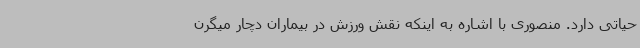
حیاتی دارد. منصوری با اشاره به اینکه نقش ورزش در بیماران دچار میگرن